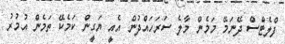
ފްލެޓްސް ދޭނަމޭ މަމެން މާލެ ސަރަަހައްދުން އެއީ ޔަގީން ކަމެކޭ ތަމެން އުމުރު